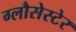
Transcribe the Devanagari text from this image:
ग्लौसेस्टेर